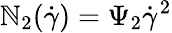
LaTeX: \mathbb{N}_{2}(\dot{{\gamma}})=\Psi_{2}\dot{{\gamma}}^{2}